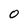
Character: 0